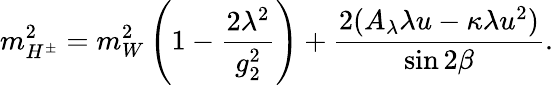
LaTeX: m_{H^{\pm}}^{2}=m_{W}^{2}\left(1-{\frac{2\lambda^{2}}{g_{2}^{2}}}\right)+{\frac{2(A_{\lambda}\lambda u-\kappa\lambda u^{2})}{\sin 2\beta}}.